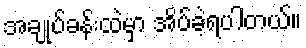
အချုပ်ခန်းထဲမှာ အိပ်ခဲ့ရပါတယ်။